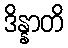
ဒိန္နာတိ